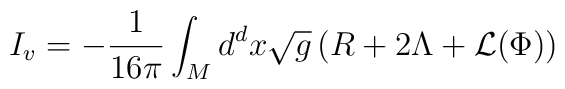
I_v = -\frac{1}{16\pi}\int_M d^dx\sqrt{g}\left(R+2\Lambda+{\cal L}(\Phi)\right)